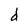
Character: d